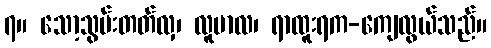
၇။ သော့သွမ်းတတ်လှ၊ လူဗာလ၊ ရာထူးရက-ကျေလွယ်သည်။